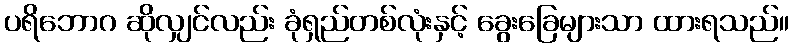
ပရိဘောဂ ဆိုလျှင်လည်း ခုံရှည်တစ်လုံးနှင့် ခွေးခြေများသာ ထားရသည်။